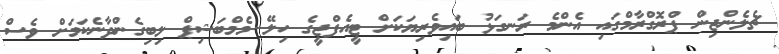
ޗެލެންޖިން ޕްރޮގްރާމްގައި އެންމެ ރަނގަޅު ބައިވެރިޔަކަށް ޓީއެފްޖީގެ ހިލޭ މެމްބަޝިޕް ލިބިގެންދާނެކަމަށް ވެސް